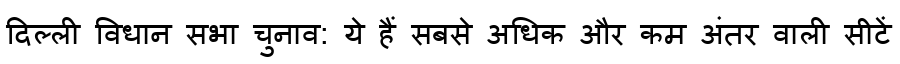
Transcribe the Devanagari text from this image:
दिल्ली विधान सभा चुनाव: ये हैं सबसे अधिक और कम अंतर वाली सीटें